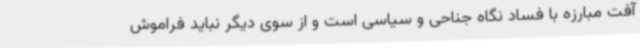
آفت مبارزه با فساد نگاه جناحی و سیاسی است و از سوی دیگر نباید فراموش